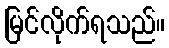
မြင်လိုက်ရသည်။